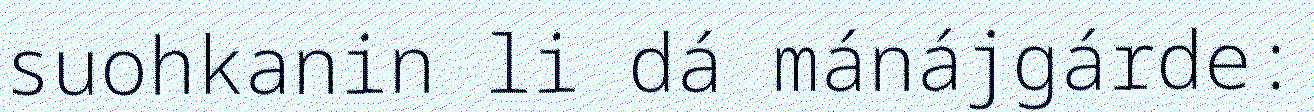
suohkanin li dá mánájgárde: